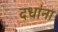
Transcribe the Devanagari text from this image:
दधा॑ना